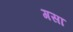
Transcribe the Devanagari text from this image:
गसा